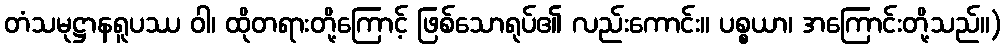
တံသမုဋ္ဌာနရူပဿ ဝါ၊ ထိုတရားတို့ကြောင့် ဖြစ်သောရုပ်၏ လည်းကောင်း။ ပစ္စယာ၊ အကြောင်းတို့သည်။)